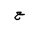
Letter: _ayn